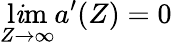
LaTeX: \operatorname*{l\mathit{i}m}_{Z\to\infty}{a}^{\prime}(Z)=0